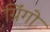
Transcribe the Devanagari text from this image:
ग्रिंगो